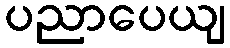
ပညာပေယျ